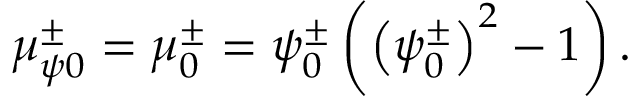
\mu _ { \psi 0 } ^ { \pm } = \mu _ { 0 } ^ { \pm } = \psi _ { 0 } ^ { \pm } \left( \left( \psi _ { 0 } ^ { \pm } \right) ^ { 2 } - 1 \right) .